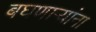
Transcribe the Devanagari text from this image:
बघणाऱ्यांना